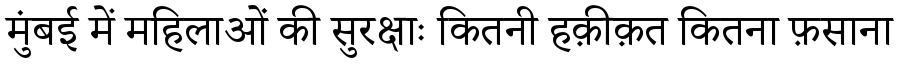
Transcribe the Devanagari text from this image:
मुंबई में महिलाओं की सुरक्षाः कितनी हक़ीक़त कितना फ़साना